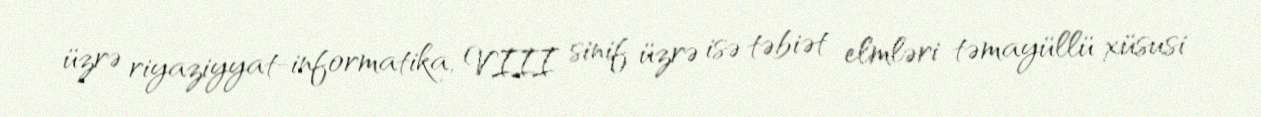
üzrə riyaziyyat-informatika, VIII sinif üzrə isə təbiət elmləri təmayüllü xüsusi